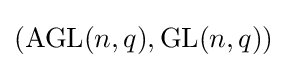
({\text{AGL}}(n,q),{\text{GL}}(n,q))